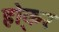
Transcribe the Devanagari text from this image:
हो्कर